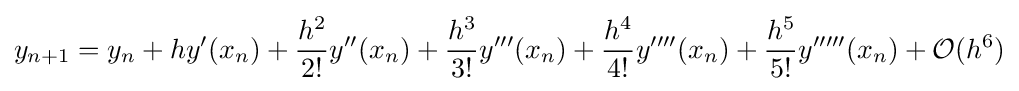
y_{n+1}=y_{n}+hy'(x_{n})+{\frac {h^{2}}{2!}}y''(x_{n})+{\frac {h^{3}}{3!}}y'''(x_{n})+{\frac {h^{4}}{4!}}y''''(x_{n})+{\frac {h^{5}}{5!}}y'''''(x_{n})+{\mathcal {O}}(h^{6})